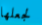
لجعلها